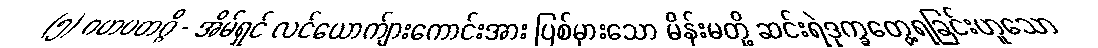
(၅) ဂဟပတဂ္ဂိ - အိမ်ရှင် လင်ယောက်ျားကောင်းအား ပြစ်မှားသော မိန်းမတို့ ဆင်းရဲဒုက္ခတွေ့ရခြင်းဟူသော